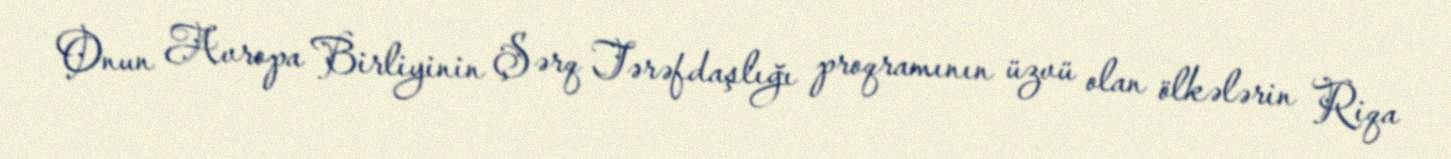
Onun Avropa Birliyinin Şərq Tərəfdaşlığı proqramının üzvü olan ölkələrin Riqa